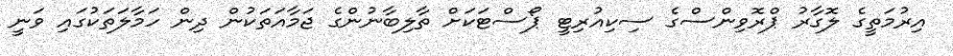
އިރުމަތީގެ ލޮގާރު ޕްރޮވިންސްގެ ސިކިއުރިޓީ ޕޯސްޓަކަށް ތާލިބާނުންގެ ޖަމާއަތަކުން ދިން ހަމާލަތަކުގައި ވަނީ